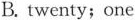
B. twenty;one